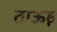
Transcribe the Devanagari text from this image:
ताऊहू